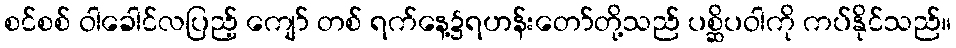
စင်စစ် ဝါခေါင်လပြည့် ကျော် တစ် ရက်နေ့၌ရဟန်းတော်တို့သည် ပစ္ဆိပဝါကို ကပ်နိုင်သည်။